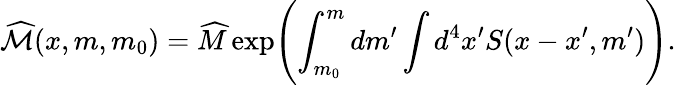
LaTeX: \widehat{{\cal M}}(x,m,m_{0})=\widehat{M}\exp\Biggl(\int_{m_{0}}^{m}dm^{\prime}\int d^{4}x^{\prime}S(x-x^{\prime},m^{\prime})\Biggr).